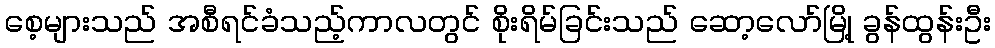
စေ့များသည် အစီရင်ခံသည့်ကာလတွင် စိုးရိမ်ခြင်းသည် ဆော့လော်မြို့ ခွန်ထွန်းဦး